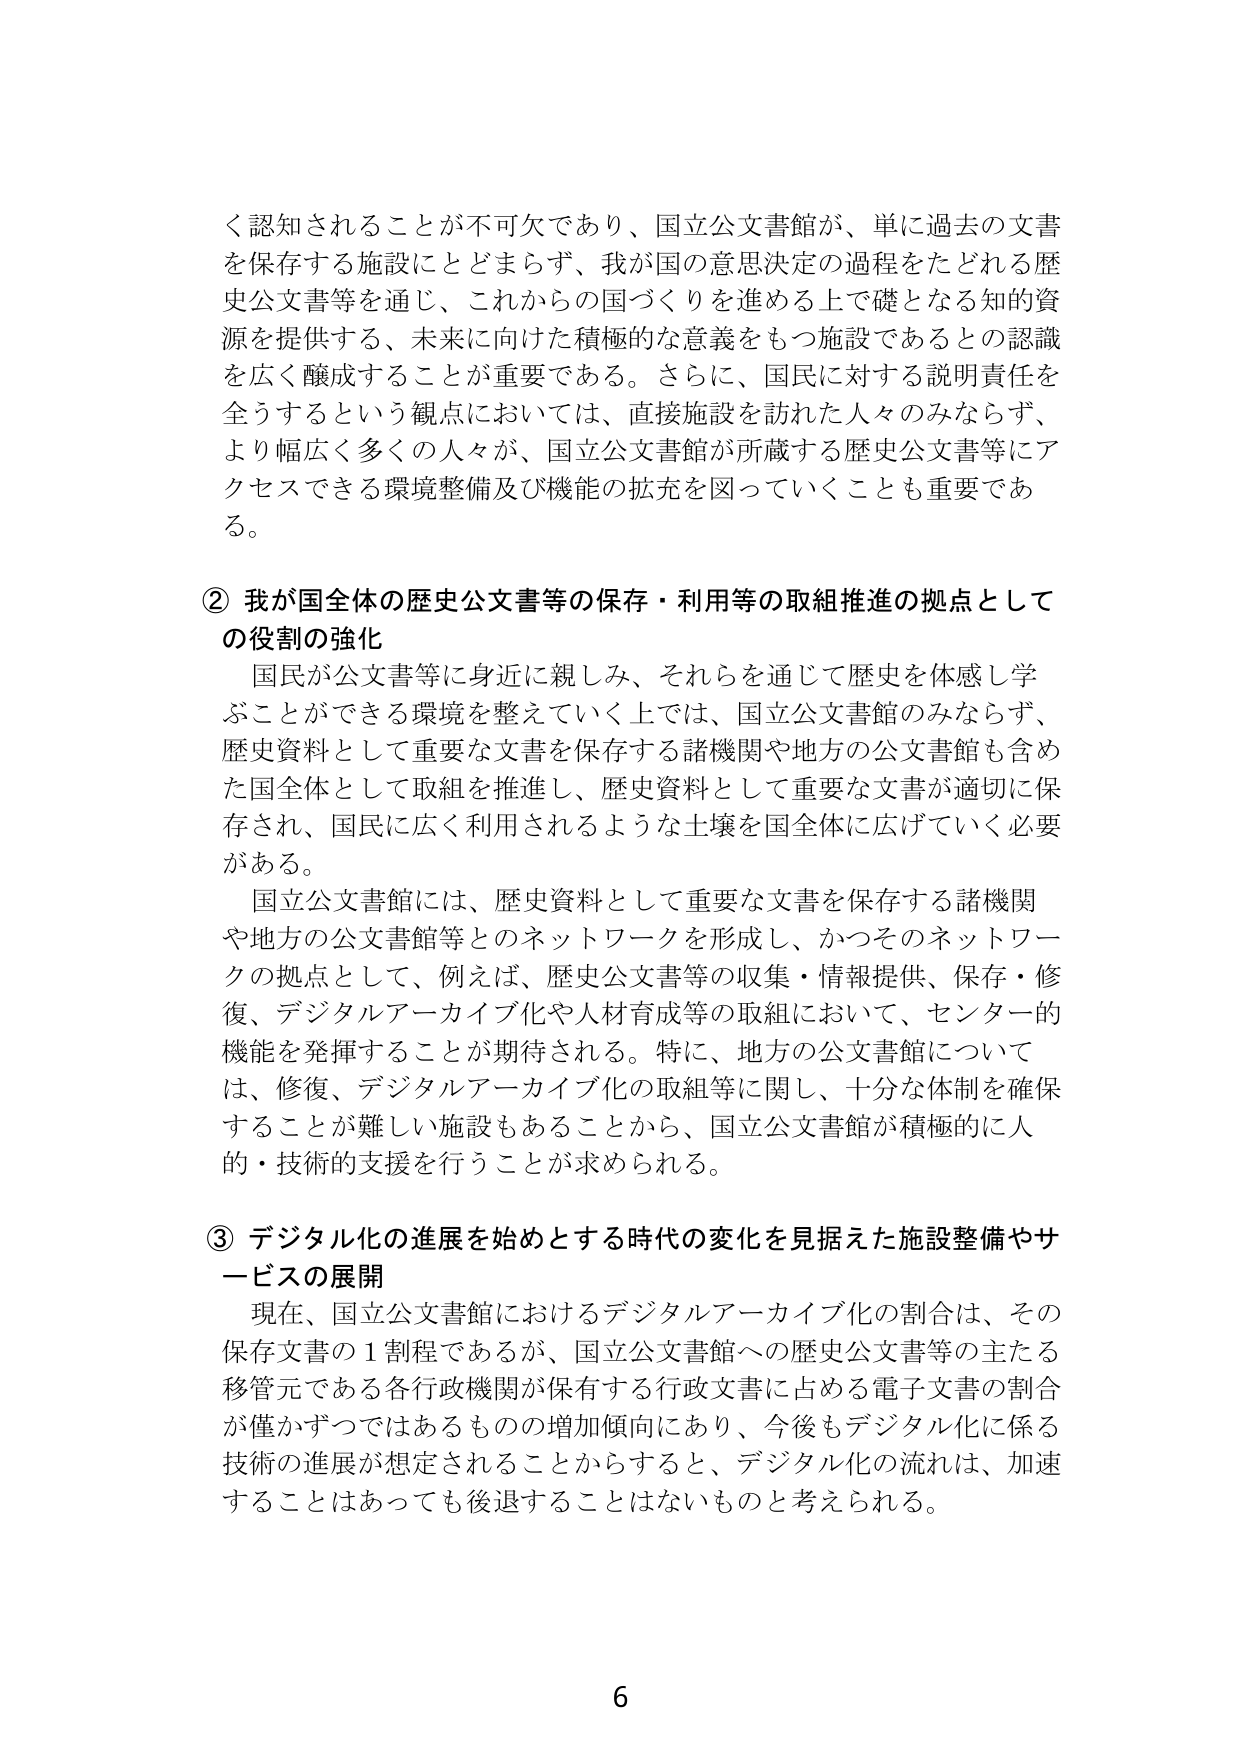
く認知されることが不可欠であり、国立公文書館が、単に過去の文書を保存する施設にとどまらず、我が国の意思決定の過程をたどれる歴史公文書等を通じ、これからの国づくりを進める上で礎となる知的資源を提供する、未来に向けた積極的な意義をもつ施設であるとの認識を広く醸成することが重要である。さらに、国民に対する説明責任を全うするという観点においては、直接施設を訪れた人々のみならず、より幅広く多くの人々が、国立公文書館が所蔵する歴史公文書等にアクセスできる環境整備及び機能の拡充を図っていくことも重要である。

② 我が国全体の歴史公文書等の保存・利用等の取組推進の拠点としての役割の強化
国民が公文書等に身近に親しみ、それらを通じて歴史を体感し学ぶことができる環境を整えていく上では、国立公文書館のみならず、歴史資料として重要な文書を保存する諸機関や地方の公文書館も含めた国全体として取組を推進し、歴史資料として重要な文書が適切に保存され、国民に広く利用されるような土壌を国全体に広げていく必要がある。
国立公文書館には、歴史資料として重要な文書を保存する諸機関や地方の公文書館等とのネットワークを形成し、かつそのネットワークの拠点として、例えば、歴史公文書等の収集・情報提供、保存・修復、デジタルアーカイブ化や人材育成等の取組において、センター的機能を発揮することが期待される。特に、地方の公文書館については、修復、デジタルアーカイブ化の取組等に関し、十分な体制を確保することが難しい施設もあることから、国立公文書館が積極的に人的・技術的支援を行うことが求められる。

③ デジタル化の進展を始めとする時代の変化を見据えた施設整備やサービスの展開
現在、国立公文書館におけるデジタルアーカイブ化の割合は、その保存文書の1割程であるが、国立公文書館への歴史公文書等の主たる移管元である各行政機関が保有する行政文書に占める電子文書の割合が僅かずつではあるものの増加傾向にあり、今後もデジタル化に係る技術の進展が想定されることからすると、デジタル化の流れは、加速することはあっても後退することはないものと考えられる。

6